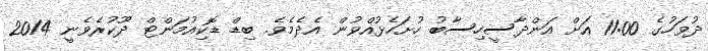
ދުވަހުގެ 11:00 އަށް އަންދާސީހިސާބު ހުށަހެޅުއްވުން އެދެމެވެ. ބިޑް ޑޮކިއުމަންޓް ދޫކުރެވެނީ 2014